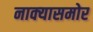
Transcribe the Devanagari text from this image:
नाक्‍यासमोर